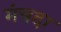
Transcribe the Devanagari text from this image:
मंचदा